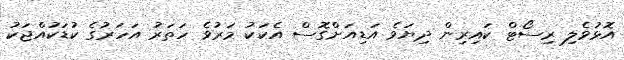
އޮޅުވެލި ރިސޯޓް ކައިރިން ދިޔަވެ އަޑިއަށްގޮސް އެކަކު މަރުވެ ހަތަރު އަހަރުގެ ކުޑަކުއްޖަކު